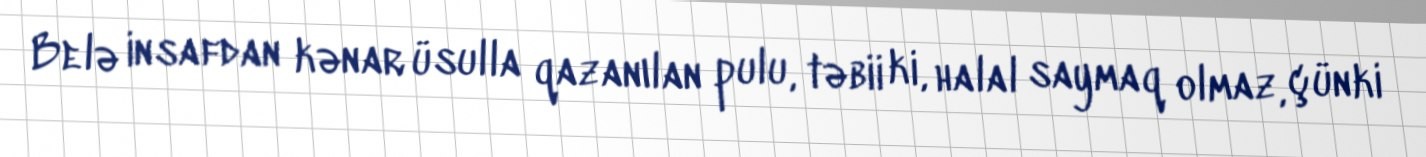
Belə insafdan kənar üsulla qazanılan pulu, təbii ki, halal saymaq olmaz, çünki